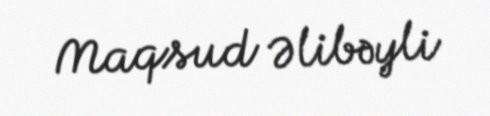
Maqsud Əlibəyli